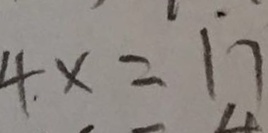
4 _ { . } x = 1 7